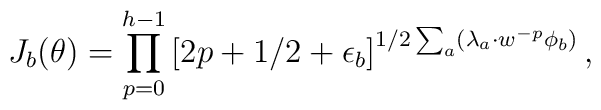
J_{b}(\theta)=\prod_{p=0}^{h-1} \left[ 2p+1/2+\epsilon_{b}\right]^{1/2 \sum_{a} (\lambda_a \cdot w^{-p} \phi_b)},